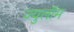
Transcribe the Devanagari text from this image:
ज्युलॉम